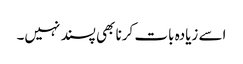
اسے زیادہ بات کرنا بھی پسند نہیں۔